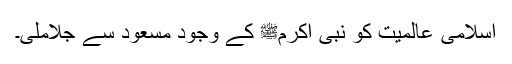
اسلامی عالمیت کو نبی اکرمﷺ کے وجود مسعود سے جلاملی۔